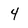
Character: 4